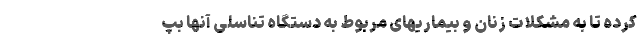
کرده تا به مشکلات زنان و بیماریهای مربوط به دستگاه تناسلی آنها بپ